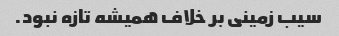
سیب زمینی بر خلاف همیشه تازه نبود.